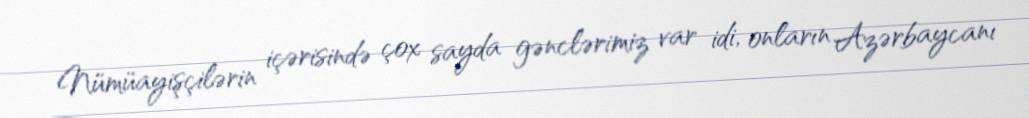
Nümüayişçilərin içərisində çox sayda gənclərimiz var idi, onların Azərbaycanı